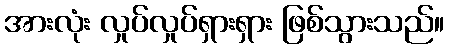
အားလုံး လှုပ်လှုပ်ရှားရှား ဖြစ်သွားသည်။